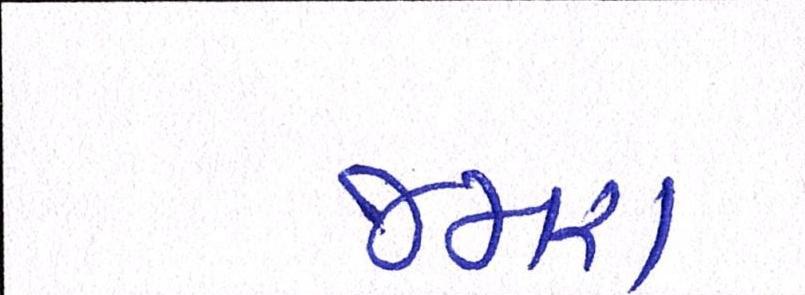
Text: જમરા